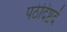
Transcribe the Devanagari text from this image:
पठेदिष्टदं